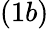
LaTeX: (1b)